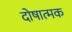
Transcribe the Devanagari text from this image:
दोषात्मक